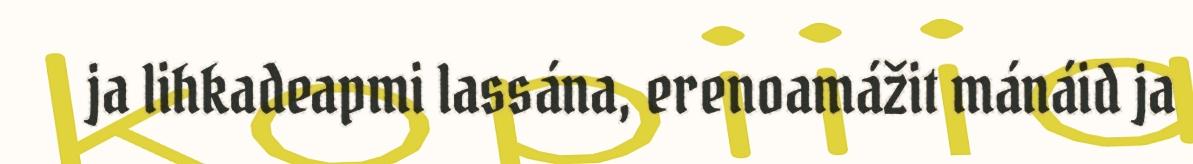
ja lihkadeapmi lassána, erenoamážit mánáid ja